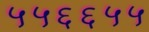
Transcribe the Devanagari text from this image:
५५६६५५